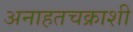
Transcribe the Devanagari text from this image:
अनाहतचक्राशी